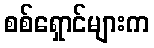
စစ်ရှောင်များက